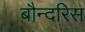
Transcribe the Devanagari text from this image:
बौन्दरिस